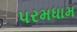
પરમધામ